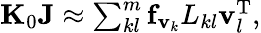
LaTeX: \begin{array}{r}{{\mathbf K}_{0}{\mathbf J}\approx\sum_{kl}^{m}{\mathbf f}_{{\mathbf v}_{k}}L_{kl}{\mathbf v}_{l}^{\mathrm{T}},}\end{array}